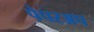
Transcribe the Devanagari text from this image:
पेपरअप